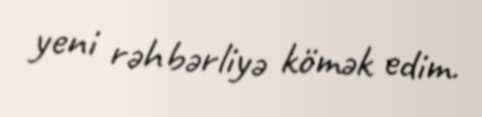
yeni rəhbərliyə kömək edim.